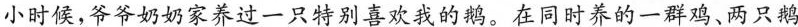
小时候，爷爷奶奶家养过一只特别喜欢我的鹅。在同时养的一群鸡、两只鹅